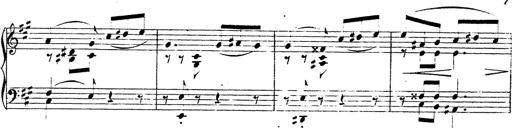
Title: Chanson bohÃ©mienne
Composer: Franz Liszt